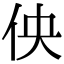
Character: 佒